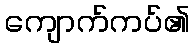
ကျောက်ကပ်၏